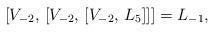
LaTeX: \begin{align*}[V_{-2}, \, [V_{-2}, \, [V_{-2}, \, L_5]]] =L_{-1},\end{align*}